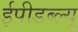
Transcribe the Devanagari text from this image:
ईपीडब्ल्यू